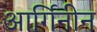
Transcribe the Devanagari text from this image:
आर्गिनीन